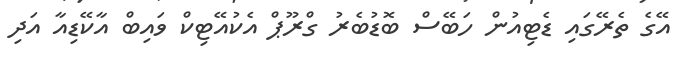
އޭގެ ތެރޭގައި ޑެޓިއުން ހަބޭސް ބޮޑުބެރު ގްރޫޕް އެކުއޭޓިކް ވައިބް އާކޭޑިއާ އަދި